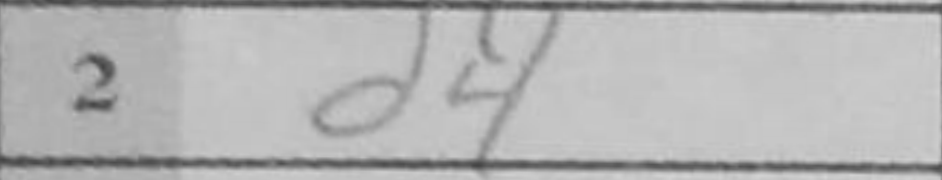
Transcription: d4